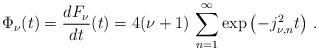
LaTeX: \begin{align*}\Phi_\nu(t) = \frac{dF_\nu}{dt}(t) =4 (\nu + 1) \, \sum _{n=1} ^\infty \exp \left( - j_{\nu, n} ^2 t \right)\,.\end{align*}